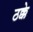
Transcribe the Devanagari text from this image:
ठक्के